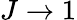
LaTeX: J\to 1